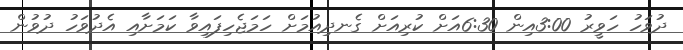
ދުވަހު ހަވީރު 3:00އިން 6:30އަށް ކުރިއަށް ގެނދިއުމަށް ހަމަޖެހިފައިވާ ކަމަށާއި އެދުވަހު ދުވުން